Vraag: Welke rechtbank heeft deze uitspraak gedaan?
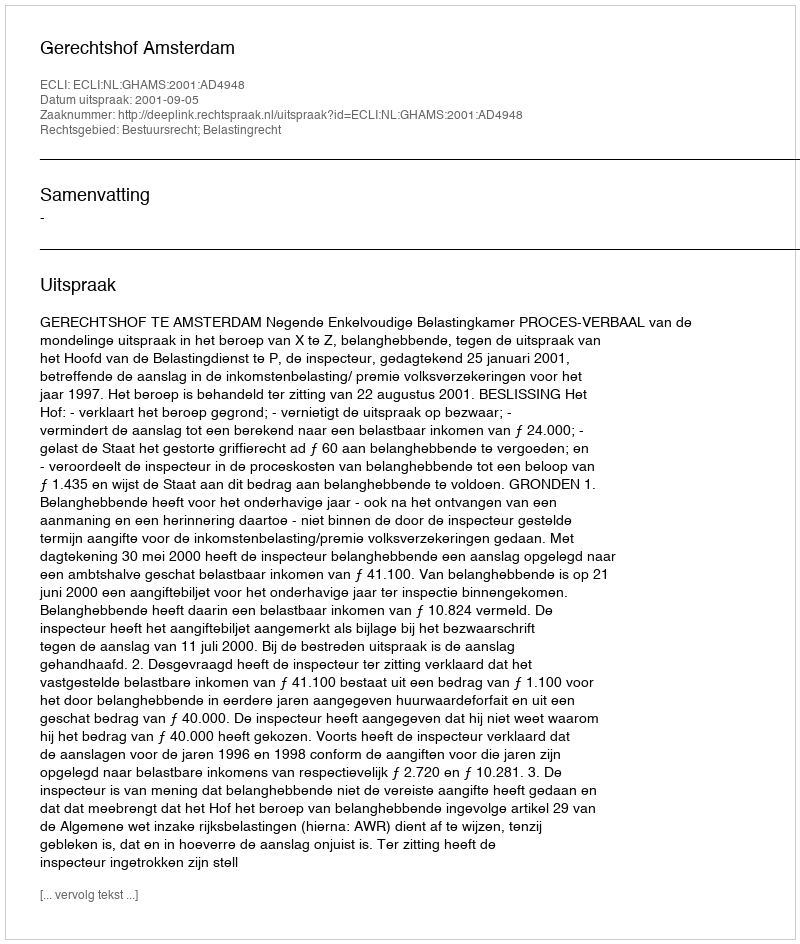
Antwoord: Gerechtshof Amsterdam